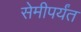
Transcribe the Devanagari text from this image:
सेमीपर्यंत